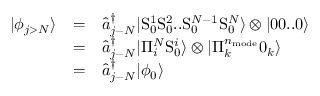
\begin{array} { c c l } { | \phi _ { j > N } \rangle } & { = } & { \hat { a } _ { j - N } ^ { \dagger } | \mathrm { S } _ { 0 } ^ { 1 } \mathrm { S } _ { 0 } ^ { 2 } . . \mathrm { S } _ { 0 } ^ { N - 1 } \mathrm { S } _ { 0 } ^ { N } \rangle \otimes | 0 0 . . 0 \rangle } \\ & { = } & { \hat { a } _ { j - N } ^ { \dagger } | \Pi _ { i } ^ { N } \mathrm { S } _ { 0 } ^ { i } \rangle \otimes | \Pi _ { k } ^ { n _ { \mathrm { m o d e } } } 0 _ { k } \rangle } \\ & { = } & { \hat { a } _ { j - N } ^ { \dagger } | \phi _ { 0 } \rangle } \end{array}